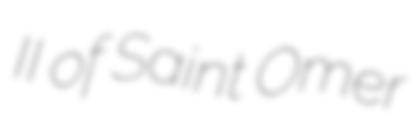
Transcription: II of Saint Omer